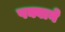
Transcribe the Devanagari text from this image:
पक्वाने